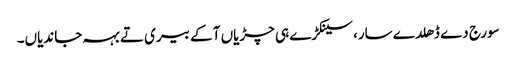
سورج دے ڈھلدے سار، سینکڑے ہی چڑیاں آ کے بیری تے بہہ جاندیاں۔